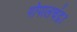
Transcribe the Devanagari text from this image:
गोपालचंद्र।